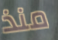
منذ